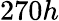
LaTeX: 270h